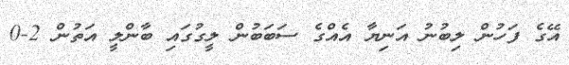
އޭގެ ފަހުން ލިބުނު އަނިޔާ އެއްގެ ސަބަބުން ލީގުގައި ބާންލީ އަތުން 2-0